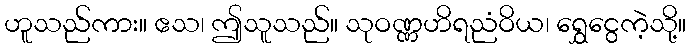
ဟူသည်ကား။ ဧသ၊ ဤသူသည်။ သုဝဏ္ဏဟိရညံဝိယ၊ ရွှေငွေကဲ့သို့။